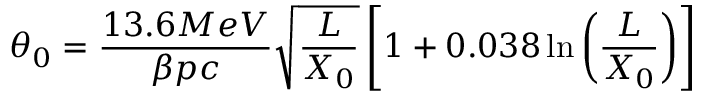
\centering \theta _ { 0 } = \frac { 1 3 . 6 M e V } { \beta p c } \sqrt { \frac { L } { X _ { 0 } } } \left[ 1 + 0 . 0 3 8 \ln \left( \frac { L } { X _ { 0 } } \right) \right]